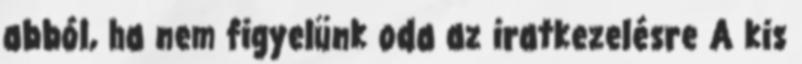
abból, ha nem figyelünk oda az iratkezelésre A kis